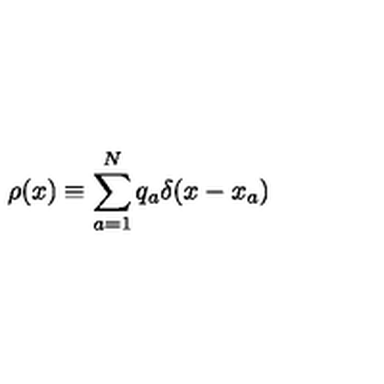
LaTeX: \rho ( x ) \equiv \sum _ { a = 1 } ^ { N } q _ { a } \delta ( x - x _ { a } )